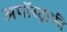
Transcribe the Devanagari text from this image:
अपॉस्ट्राफी